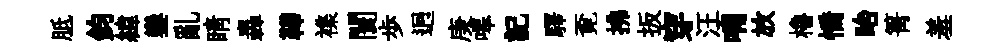
胝鈞緯鑾亂睛轟鞾襍闤歩迥庚嗥記驛覔拂扳穿汪喃放櫓憍眙箐羞